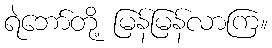
ရဲဘော်တို့ မြန်မြန်လာကြ။